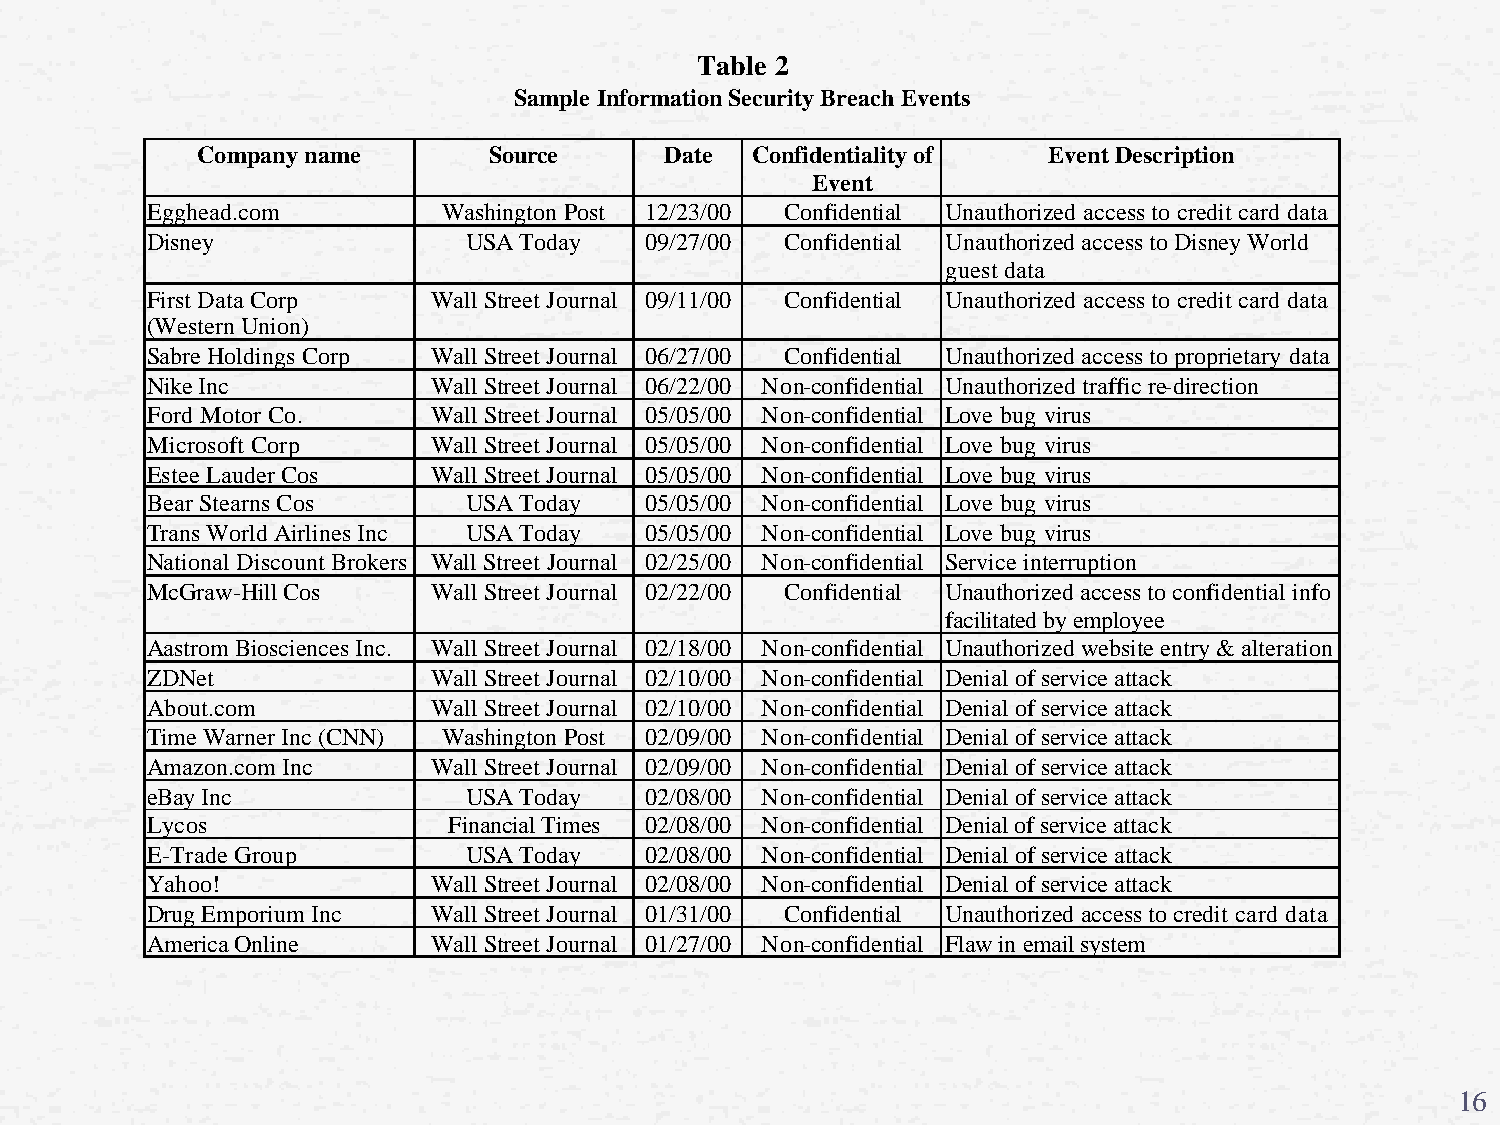
Table 2
 Sample Information Security Breach Events
 Company name       Source      Date  Confidentiality of Event Description
 Event
 Egghead.com        Washington Post 12/23/00 Confidential Unauthorized access to credit card data
 Disney               USA Today   09/27/00 Confidential Unauthorized access to Disney World
 guest data
 First Data Corp    Wall Street Journal 09/11/00 Confidential Unauthorized access to credit card data
 (Western Union)
 Sabre Holdings Corp Wall Street Journal 06/27/00 Confidential Unauthorized access to proprietary data
 Nike Inc           Wall Street Journal 06/22/00 Non-confidential Unauthorized traffic re-direction
 Ford Motor Co.     Wall Street Journal 05/05/00 Non-confidential Love bug virus
 Microsoft Corp     Wall Street Journal 05/05/00 Non-confidential Love bug virus
 Estee Lauder Cos   Wall Street Journal 05/05/00 Non-confidential Love bug virus
 Bear Stearns Cos     USA Today   05/05/00 Non-confidential Love bug virus
 Trans World Airlines Inc USA Today 05/05/00 Non-confidential Love bug virus
 National Discount Brokers Wall Street Journal 02/25/00 Non-confidential Service interruption
 McGraw-Hill Cos    Wall Street Journal 02/22/00 Confidential Unauthorized access to confidential info
 facilitated by employee
 Aastrom Biosciences Inc. Wall Street Journal 02/18/00 Non-confidential Unauthorized website entry & alteration
 ZDNet              Wall Street Journal 02/10/00 Non-confidential Denial of service attack
 About.com          Wall Street Journal 02/10/00 Non-confidential Denial of service attack
 Time Warner Inc (CNN) Washington Post 02/09/00 Non-confidential Denial of service attack
 Amazon.com Inc     Wall Street Journal 02/09/00 Non-confidential Denial of service attack
 eBay Inc             USA Today   02/08/00 Non-confidential Denial of service attack
 Lycos               Financial Times 02/08/00 Non-confidential Denial of service attack
 E-Trade Group        USA Today   02/08/00 Non-confidential Denial of service attack
 Yahoo!             Wall Street Journal 02/08/00 Non-confidential Denial of service attack
 Drug Emporium Inc  Wall Street Journal 01/31/00 Confidential Unauthorized access to credit card data
 America Online     Wall Street Journal 01/27/00 Non-confidential Flaw in email system
 16